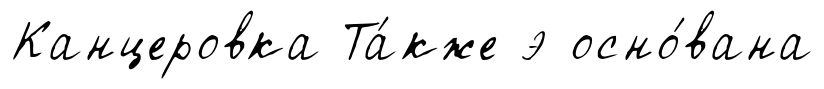
Канцеровка Та́кже э осно́вана